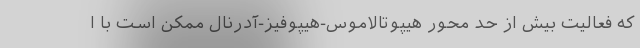
که فعالیت بیش از حد محور هیپوتالاموس-هیپوفیز-آدرنال ممکن است با ا